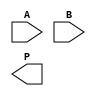
module WallaceTreeMultiplier #(parameter N = 4) (
    input  [N-1:0] A, // N-bit input A
    input  [N-1:0] B, // N-bit input B
    output [2*N-1:0] P // 2N-bit output product
);

// Partial product generation
wire [N-1:0] pp [0:N-1]; // Partial products
genvar i, j;
generate
    for (i = 0; i < N; i = i + 1) begin : gen_partial_products
        assign pp[i] = A & {N{B[i]}};
    end
endgenerate

// Wallace Tree Reduction
wire [N-1:0] sum [0:N-1];
wire [N-1:0] carry [0:N-1];

// Level 1: Summing pairs of partial products
generate
    for (i = 0; i < N/2; i = i + 1) begin : level1
        assign {carry[i], sum[i]} = pp[2*i] + pp[2*i+1];
    end
    if (N % 2 == 1) begin
        assign sum[N/2] = pp[N-1]; // If odd, carry the last one
        assign carry[N/2] = 0; // No carry for the last one
    end
endgenerate

// Level 2: Continue reduction
wire [N:0] sum_level2 [0:(N+1)/2-1];
wire [N:0] carry_level2 [0:(N+1)/2-1];

generate
    for (i = 0; i < (N+1)/2; i = i + 1) begin : level2
        if (i < (N/2)) begin
            assign {carry_level2[i], sum_level2[i]} = {1'b0, sum[2*i]} + {1'b0, sum[2*i+1]} + carry[i];
        end else begin
            assign sum_level2[i] = sum[i]; // Last level sum
            assign carry_level2[i] = 0; // No carry for the last one
        end
    end
endgenerate

// Final Level: Sum remaining values
wire [N:0] final_sum;
wire final_carry;

assign {final_carry, final_sum} = sum_level2[0] + sum_level2[1] + carry_level2[0];

// Result assembly
assign P = {final_carry, final_sum} + {1'b0, sum_level2[2]} + {1'b0, sum_level2[3]};

endmodule